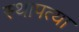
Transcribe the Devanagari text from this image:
स्थापत्या